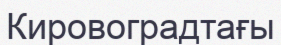
Кировоградтағы